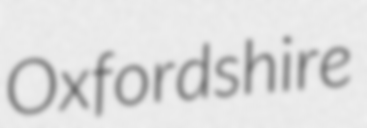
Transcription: Oxfordshire